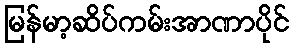
မြန်မာ့ဆိပ်ကမ်းအာဏာပိုင်